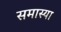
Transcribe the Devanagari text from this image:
समास्या